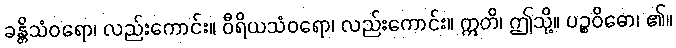
ခန္တိသံဝရော၊ လည်းကောင်း။ ဝီရိယသံဝရော၊ လည်းကောင်း။ ဣတိ၊ ဤသို့။ ပဉ္စဝိဓော၊ ၏။